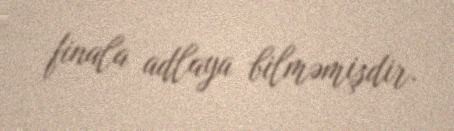
finala adlaya bilməmişdir.